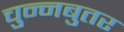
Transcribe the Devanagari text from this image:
चुन्नबुतर